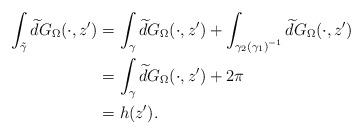
LaTeX: \begin{align*} \int_{\tilde{\gamma}}\widetilde{d} G_{\Omega}(\cdot,z')&=\int_{\gamma}\widetilde{d} G_{\Omega}(\cdot,z')+\int_{\gamma_2\left(\gamma_1\right)^{-1}}\widetilde{d} G_{\Omega}(\cdot,z')\\&=\int_{\gamma}\widetilde{d} G_{\Omega}(\cdot,z')+2\pi\\&=h(z').\end{align*}